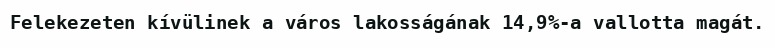
Felekezeten kívülinek a város lakosságának 14,9%-a vallotta magát.